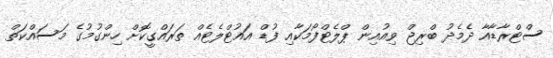
ސްޓްރާޑާއާ ދެމެދު ބްރިޖް ވިއުއިން ޕްލެޓްފޯމަކާއި ފުޑް އައުޓްލެޓެއް ތަރައްގީކޮށް ހިންގުމުގެ މަސައްކަތް